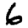
Digit: 6